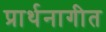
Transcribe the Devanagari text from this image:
प्रार्थनागीत